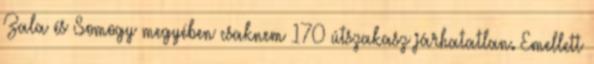
Zala és Somogy megyében csaknem 170 útszakasz járhatatlan. Emellett